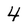
Character: 4